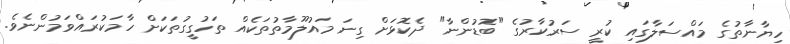
ހިޔާނާތުގެ މައްސަލާގައި ކުރީ ސަރުކާރުގެ "ބޮޑުންނާ" ދެކޮޅަށް ގިނަ މައުލޫމާތުތަކެއް ތަހުގީގުތަކަށް ހާމަކުރައްވަމުންނެވެ.